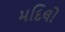
મદિલો